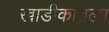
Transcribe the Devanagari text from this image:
खाडीकातला